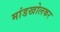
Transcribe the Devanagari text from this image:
मांडखोलकर